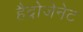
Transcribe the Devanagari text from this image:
हैद्रोजेनेट